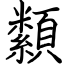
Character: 纇